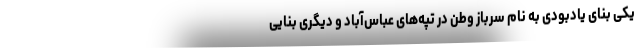
یکی بنای یادبودی به نام سرباز وطن در تپه‌های عباس‌آباد و دیگری بنایی